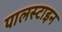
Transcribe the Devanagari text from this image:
पालस्टाइन